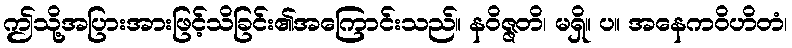
ဤသို့အပြားအားဖြင့်သိခြင်း၏အကြောင်းသည်။ နဝိဇ္ဇတိ၊ မရှိ။ ပ။ အနေကဝိဟိတံ၊